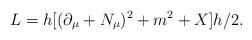
LaTeX: \begin{align*}L = h [(\partial_{\mu}+N_{\mu})^{2} + m^{2} + X] h/2.\end{align*}